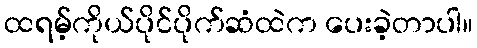
ထရမ့်ကိုယ်ပိုင်ပိုက်ဆံထဲက ပေးခဲ့တာပါ။